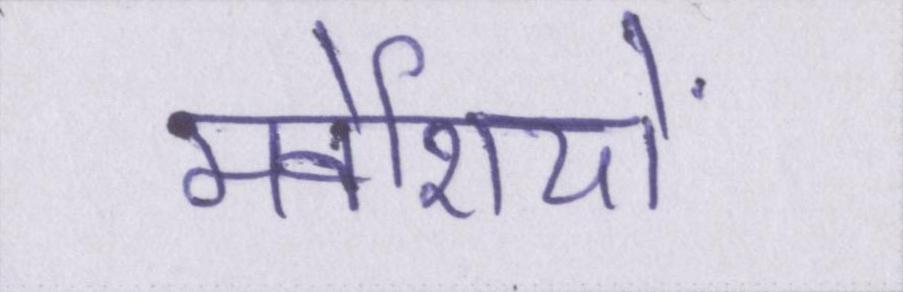
मवेशियों